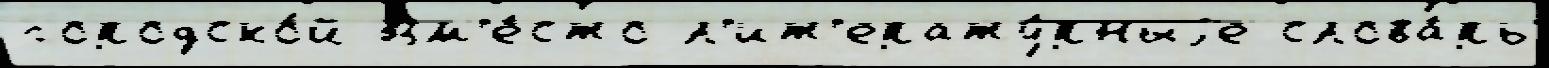
городско́й Вм'е́сто л'ит'ерату́рныjе слова́рь